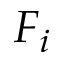
F _ { i }